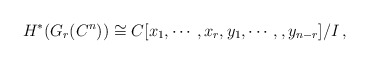
\begin{align*}H^*(G_r(C^n))\cong C[x_1,\cdots,x_r,y_1,\cdots,,y_{n-r}]/I\,,\end{align*}